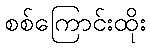
စစ်ကြောင်းထိုး